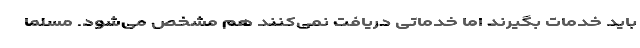
باید خدمات بگیرند اما خدماتی دریافت نمی‌کنند هم مشخص می‌شود. مسلما